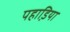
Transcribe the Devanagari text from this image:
पहाडि़या